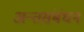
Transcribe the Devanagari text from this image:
अन्तसंबंधन